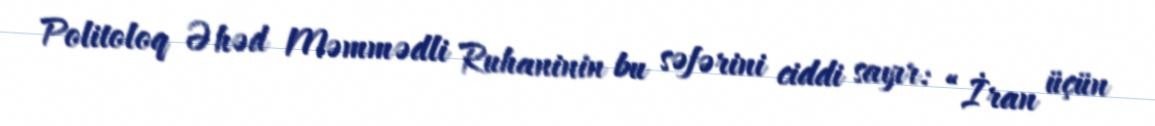
Politoloq Əhəd Məmmədli Ruhaninin bu səfərini ciddi sayır: “İran üçün